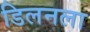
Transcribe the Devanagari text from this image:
डिलनला